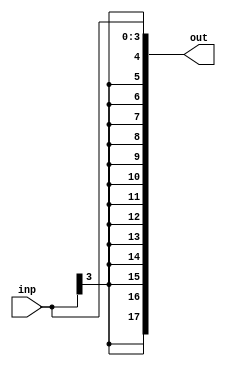
module signExtender4To18bits(inp, out);
parameter inputSize = 4;
parameter outputSize = 18;
input wire [(inputSize-1):0] inp;
output wire [(outputSize-1):0] out;

assign out = {{outputSize-inputSize{inp[inputSize-1]}}, inp};
endmodule

module tb_signExtender4To18bits;
reg [3:0] inp;
wire [17:0] out;

signExtender4To18bits dut(.inp(inp), .out(out));

initial begin
inp = 4'b0000;
#5
$display("The sign extended version of %b is %b", inp, out);

inp = 4'b1000;
#5
$display("The sign extended version of %b is %b", inp, out);
$finish();
end
endmodule